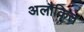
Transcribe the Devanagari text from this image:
अलौकित